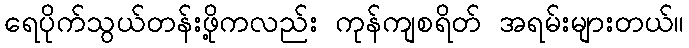
ရေပိုက်သွယ်တန်းဖို့ကလည်း ကုန်ကျစရိတ် အရမ်းများတယ်။